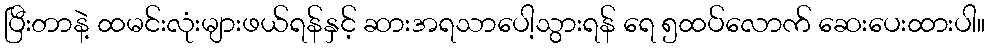
ပြီးတာနဲ့ ထမင်းလုံးများဖယ်ရန်နှင့် ဆားအရသာပေါ့သွားရန် ရေ ၅ထပ်လောက် ဆေးပေးထားပါ။